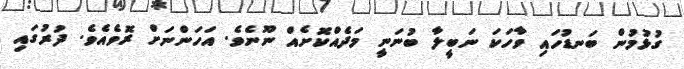
ގުޅުމުން ބަނޑުހައި ވާހަކަ ނަބީލާ ބުނަނީ މަދެއްކޮށެއް ނޫނެވެ. އަހަންނަށް ރޮވެއެވެ. ދުރުގައި